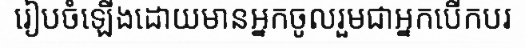
រៀបចំឡើងដោយមានអ្នកចូលរួមជាអ្នកបើកបរ